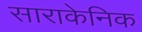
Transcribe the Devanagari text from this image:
साराकेनिक